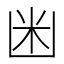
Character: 𱐍